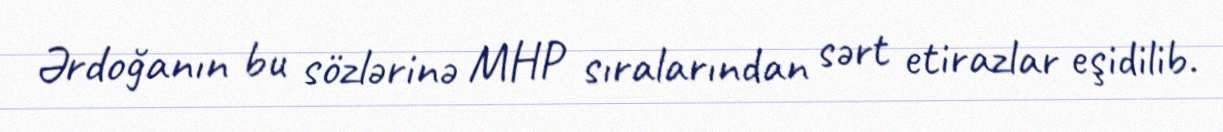
Ərdoğanın bu sözlərinə MHP sıralarından sərt etirazlar eşidilib.